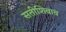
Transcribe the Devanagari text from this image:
सतीशिवाय